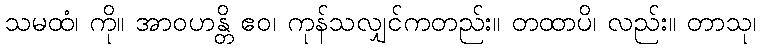
သမထံ၊ ကို။ အာဝဟန္တိ ဧဝ၊ ကုန်သလျှင်ကတည်း။ တထာပိ၊ လည်း။ တာသု၊